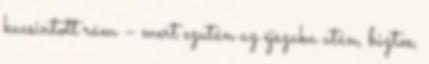
kacsintott rám – mert ezután az éjszaka után, biztos,